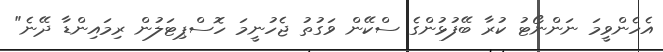
އެހެންވީމަ ނަންނޯޓު ކުރާ ބޭފުޅުންގެ ސްކޭން ވަގުތު ޖެހުނީމަ ހޮސްޕިޓަލުން ރިމައިންޑާ ދޭނެ"